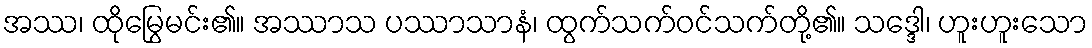
အဿ၊ ထိုမြွေမင်း၏။ အဿာသ ပဿာသာနံ၊ ထွက်သက်ဝင်သက်တို့၏။ သဒ္ဒေါ၊ ဟူးဟူးသော